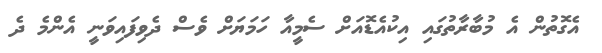
އެގޮތުން އެ މުބާރާތުގައި އިކުއެޑޮއަށް ސެމީއާ ހަމަޔަށް ވެސް ދެވިފައިވަނީ އެންމެ ދެ